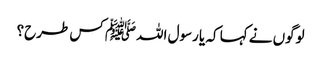
لوگوں نے کہا کہ یا رسول اللہﷺ کس طرح؟